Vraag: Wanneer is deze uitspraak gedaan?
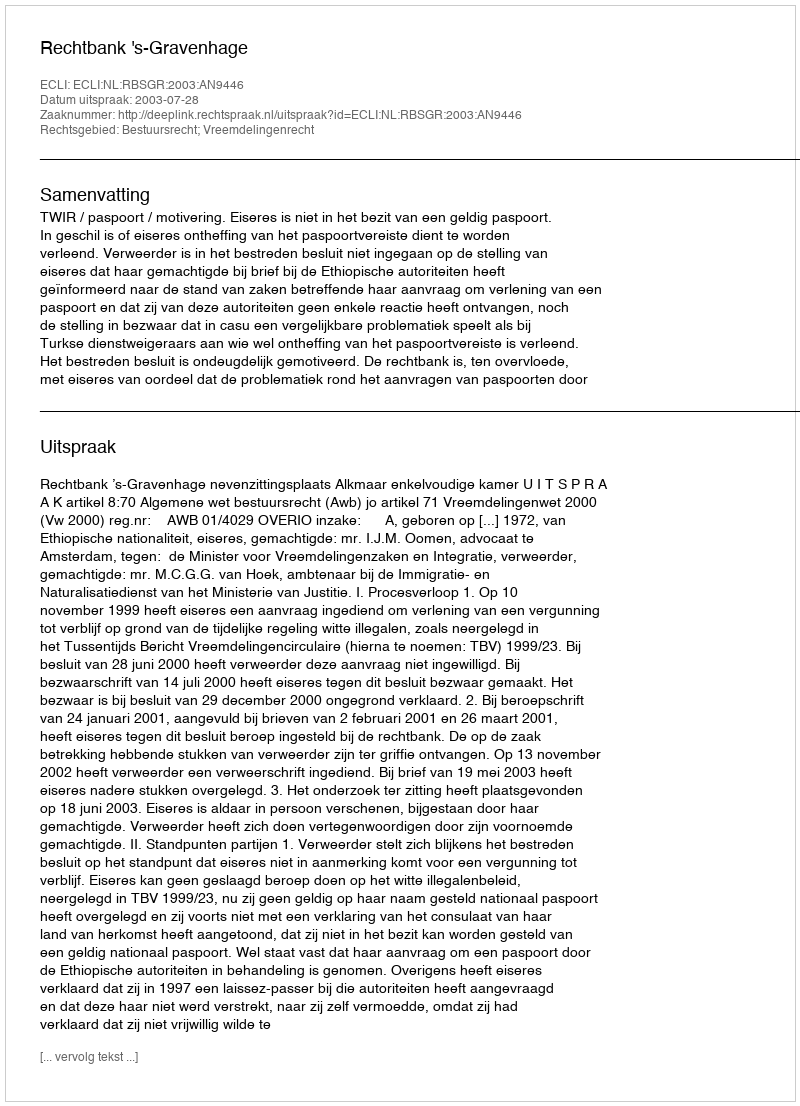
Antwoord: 2003-07-28